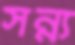
সন্ন্য